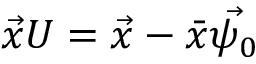
\vec { x } U = \vec { x } - \bar { x } \vec { \psi _ { 0 } }